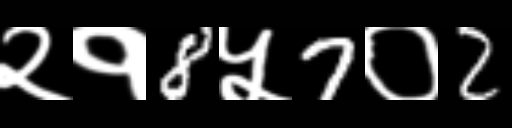
Text: २१8५7०2